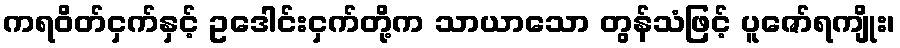
ကရဝိတ်ငှက်နှင့် ဥဒေါင်းငှက်တို့က သာယာသော တွန်သံဖြင့် ပူဇော်ရကျိုး၊